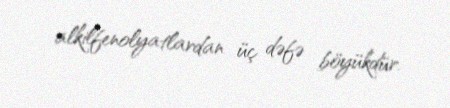
alkilfenolyatlardan üç dəfə böyükdür.